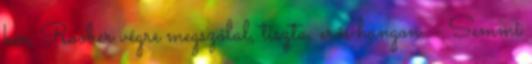
kér, Roober végre megszólal, tiszta, erős hangon. - Semmi